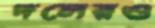
দলেরও